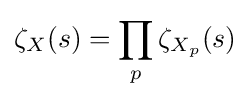
\zeta _{X}(s)=\prod _{p}\zeta _{X_{p}}(s)